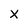
Character: x